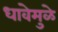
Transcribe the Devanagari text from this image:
धावेमुळे